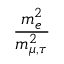
\frac { m _ { e } ^ { 2 } } { m _ { \mu , \tau } ^ { 2 } }